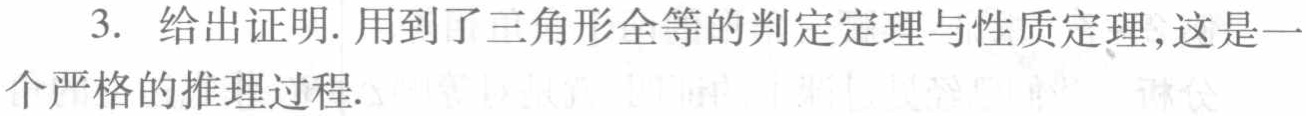
3. 给出证明. 用到了三角形全等的判定定理与性质定理,这是一个严格的推理过程.